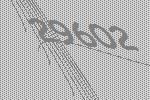
29602